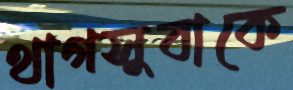
থাগসুবাকে